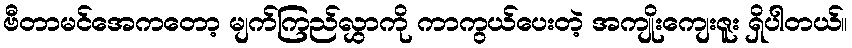
ဗီတာမင်အေကတော့ မျက်ကြည်လွှာကို ကာကွယ်ပေးတဲ့ အကျိုးကျေးဇူး ရှိပါတယ်။